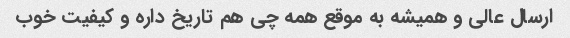
ارسال عالی و همیشه به موقع همه چی هم تاریخ داره و کیفیت خوب